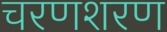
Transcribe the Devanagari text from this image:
चरणशरण